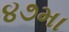
૪૭મા